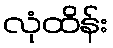
လုံထိန်း